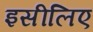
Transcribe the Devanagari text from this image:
इसीलिए